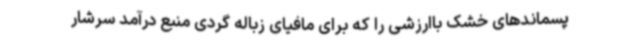
پسماندهای خشک باارزشی را که برای مافیای زباله گردی منبع درآمد سرشار